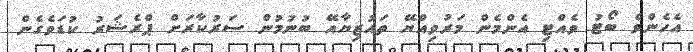
އެހެންވެ ބޯޓު ވެއްޓި އެންމެން މަރުވިއްޔޭ ތައުޒިޔާއޭ ބުނުމުން ސަރުކާރަށް ޕްރެޝަރު ކުޑަވެގެން